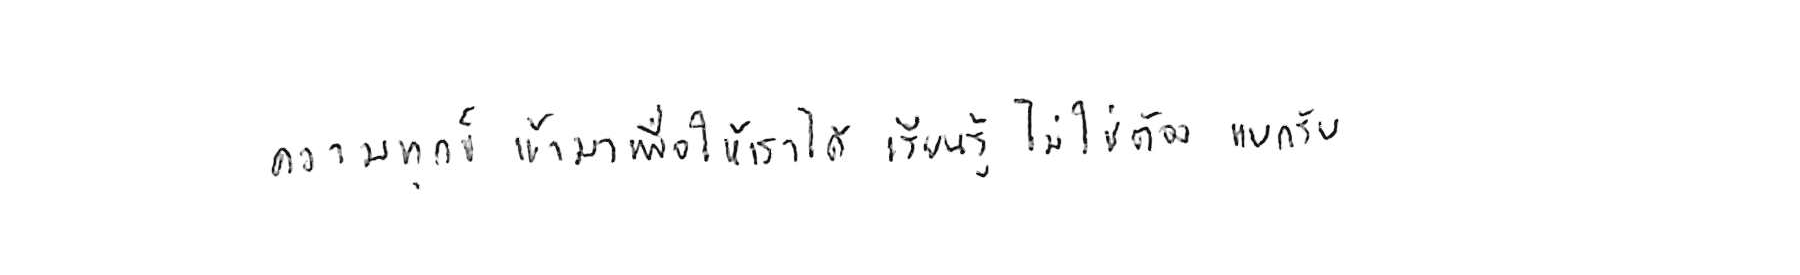
ความทุกข์ เข้ามาเพื่อให้เราได้ เรียนรู้ ไม่ใช่ต้อง แบกรับ